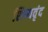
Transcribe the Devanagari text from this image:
शिष्यवृंद